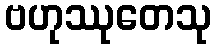
ဗဟုဿုတေသု